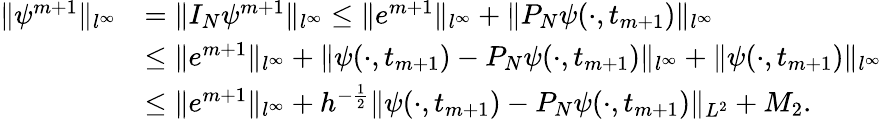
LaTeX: \begin{array}{rl}{\| \psi^{m+1}\| _{l^{\infty}}}&{=\| I_{N}\psi^{m+1}\| _{l^{\infty}}\leq\| e^{m+1}\| _{l^{\infty}}+\| P_{N}\psi(\cdot,t_{m+1})\| _{l^{\infty}}}\\ &{\leq\| e^{m+1}\| _{l^{\infty}}+\| \psi(\cdot,t_{m+1})-P_{N}\psi(\cdot,t_{m+1})\| _{l^{\infty}}+\| \psi(\cdot,t_{m+1})\| _{l^{\infty}}}\\ &{\leq\| e^{m+1}\| _{l^{\infty}}+h^{-\frac{1}{2}}\| \psi(\cdot,t_{m+1})-P_{N}\psi(\cdot,t_{m+1})\| _{L^{2}}+M_{2}.}\end{array}